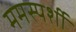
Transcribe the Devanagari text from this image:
ममस्पर्शी